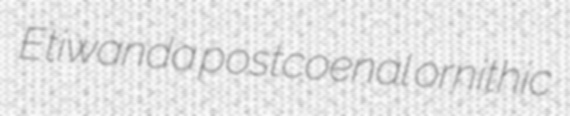
Etiwanda postcoenal ornithic